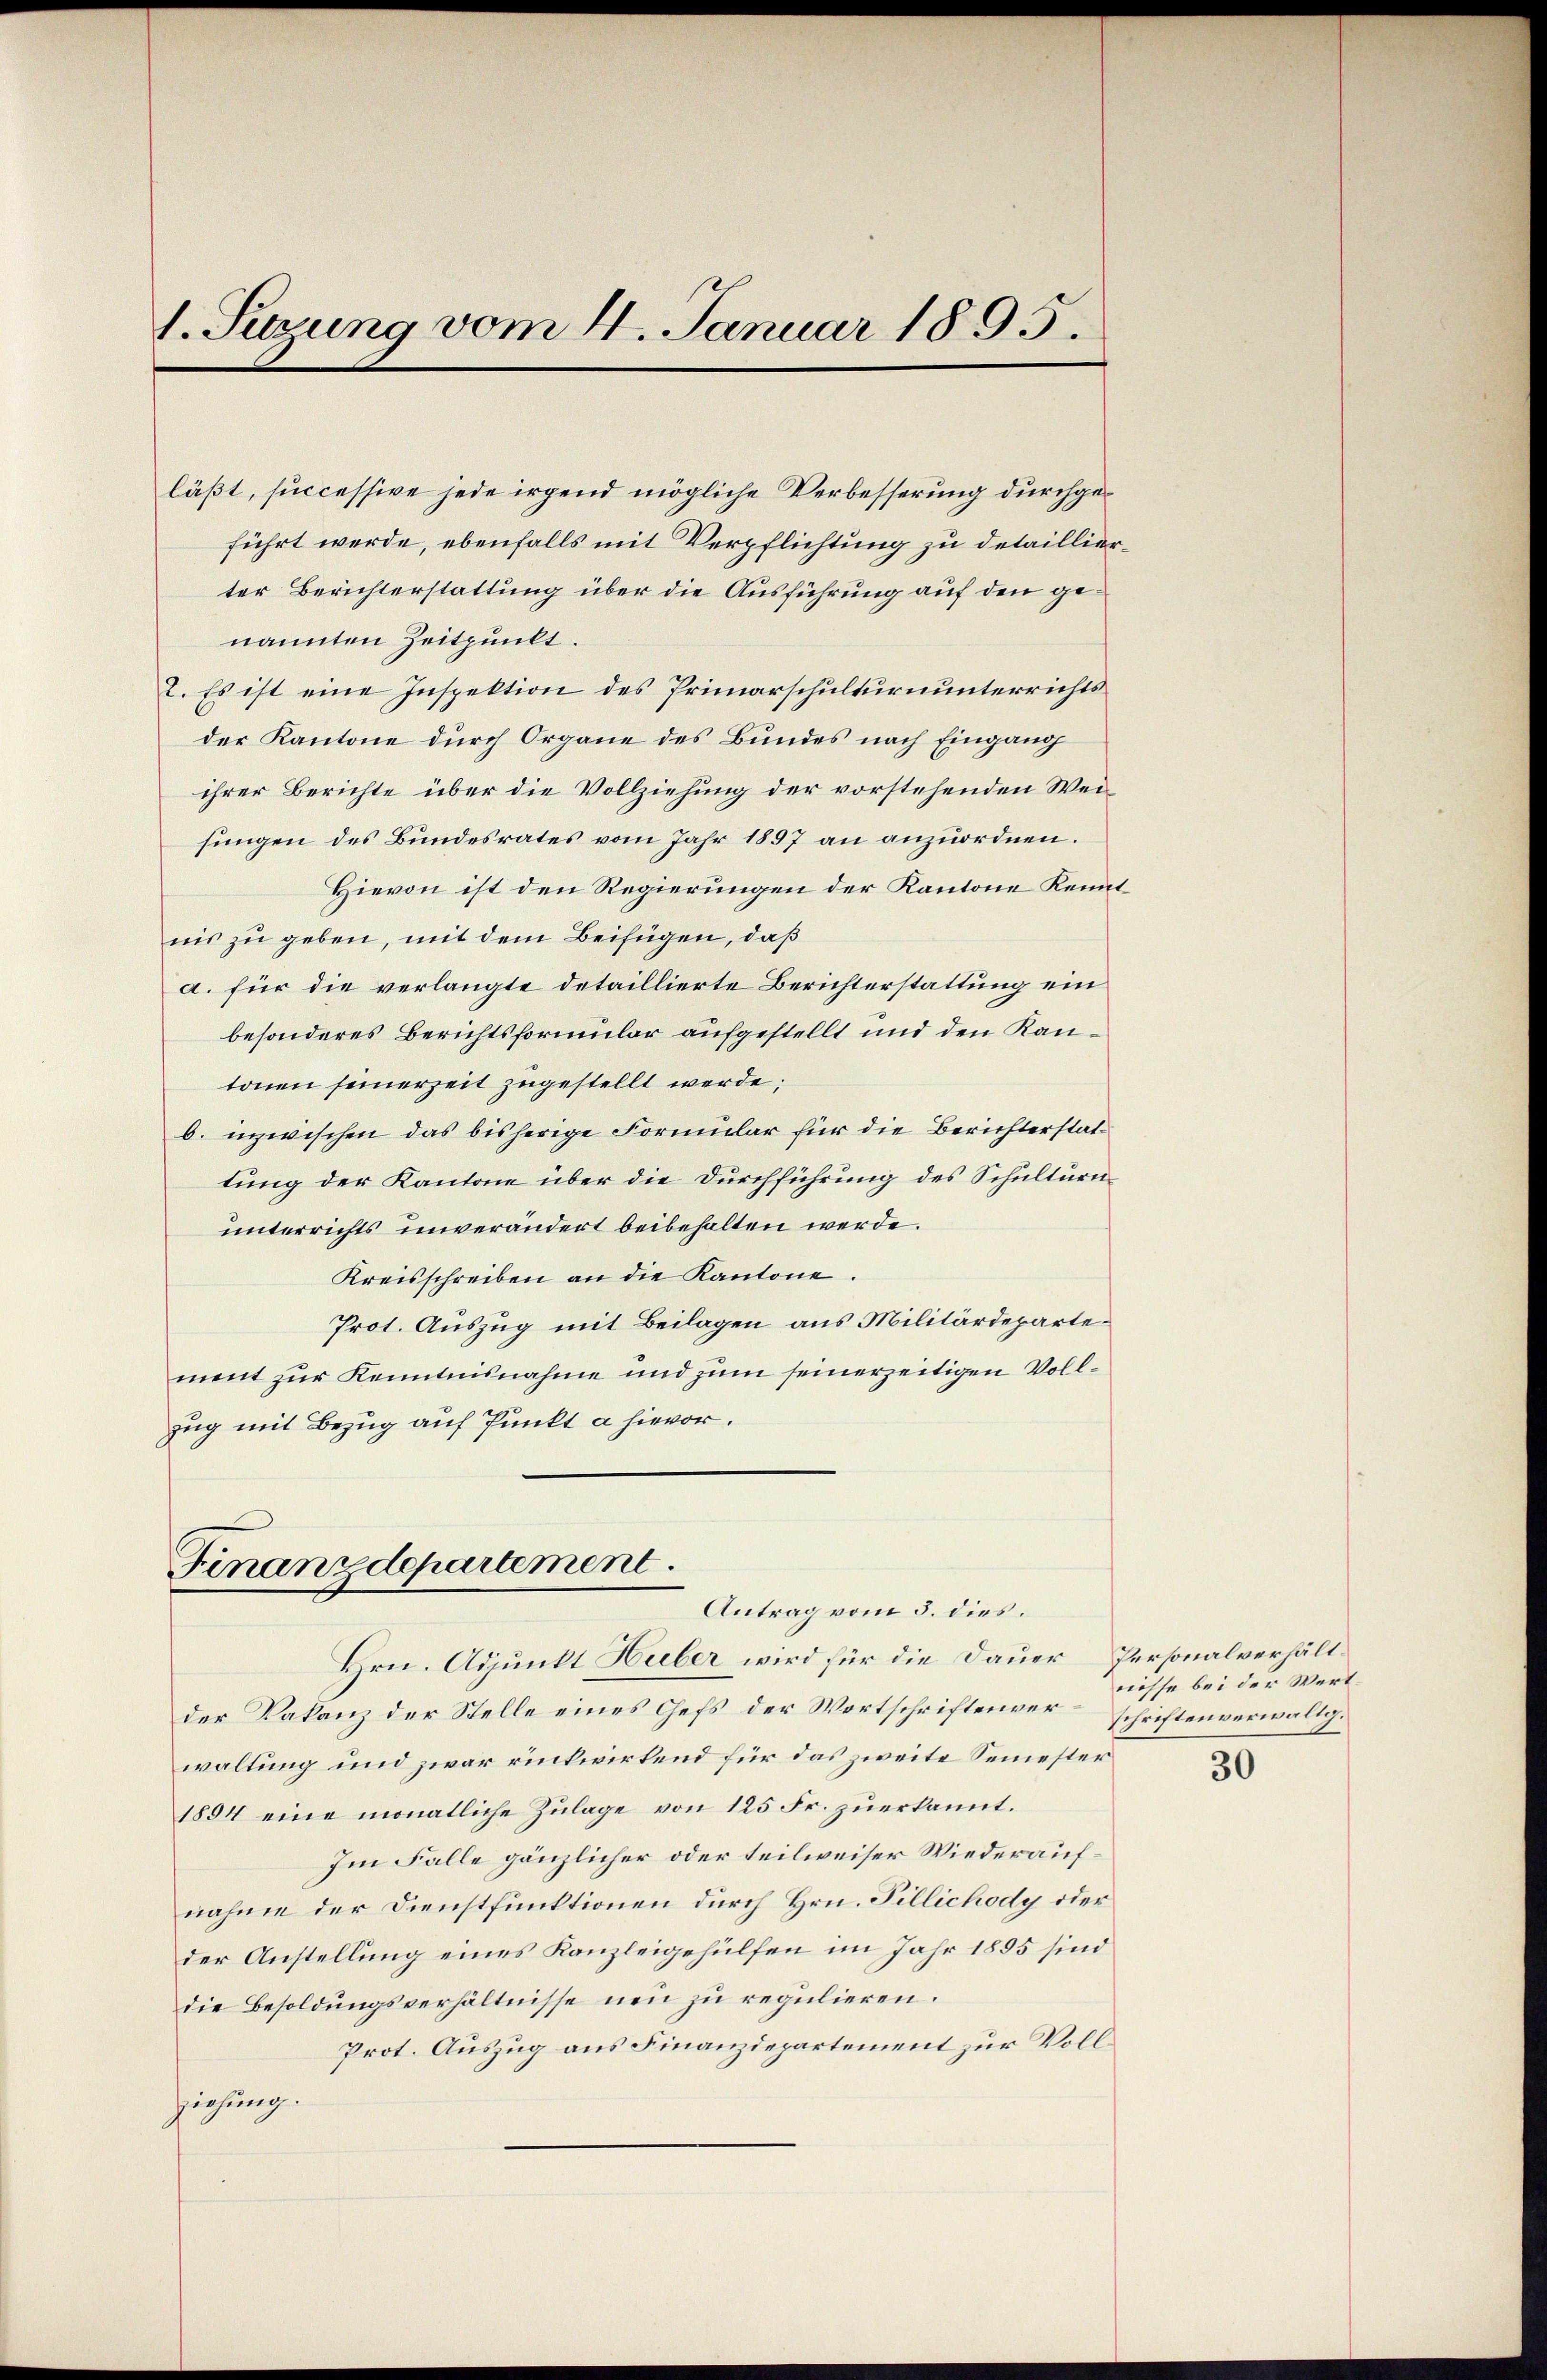
1. Serung vom 4. Januar 1895.

läßt, successive jede irgend mögliche Verbesserung durchgeführt werde, ebenfalls mit Verpflichtung zu detaillierter Berichterstattung über die Ausführung auf den genannten Zeitpunkt.
2. Es ist eine Inspektion des Primarschulturnunterrichts
der Kantone durch Organe des Bundes nach Eingang
ihrer Berichte über die Vollziehung der vorstehenden Wei
sungen des Bundesrates vom Jahr 1897 an anzuordnen.
Hievon ist den Regierungen der Kantone Kenntnis zu geben, mit dem Beifügen, daß
a. für die verlangte detaillierte Berichterstattung ein
besonderes Berichtsformular aufgestellt und den Kantonen seinerzeit zugestellt werde;
b. inzwischen das bisherige Formular für die Berichterstattung der Kantone über die Durchführung des Schulturnunterrichts unverändert beibehalten werde.
Kreisschreiben an die Kantone.
Prot. Auszug mit Beilagen aus Militärdepartement zur Kenntnisnahme und zum seinerzeitigen Vollzug mit Bezug auf Punkt a hievor.

Finanzdepartement.
Antrag vom 5. dies.

waltung und zwar rückwirkend für das zweite Semester
1894 eine monatliche Zulage von 125 Fr. zuerkannt.
Im Falle gänzlicher oder teilweiser Wiederaufnahme der Dienstfunktionen durch Hrn. Fillichody oder
der Anstellung eines Kanzleigehülfen im Jahr 1855 sind
die Besoldungsverhältnisse neu zu regulieren.
Prot. Auszug aus Finanzdepartement zur Vollziehung.

Hrn. Adjunkt Huber wird für die Dauer Personalverhältder Vakanz der Stelle eines Chefs der Wortschriftenverschriftenverwaltg¬

niesse bei der Wert

30